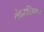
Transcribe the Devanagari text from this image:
मंटगाल्फियर